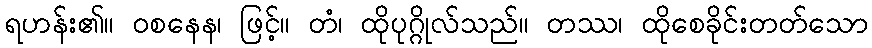
ရဟန်း၏။ ဝစနေန၊ ဖြင့်။ တံ၊ ထိုပုဂ္ဂိုလ်သည်။ တဿ၊ ထိုစေခိုင်းတတ်သော